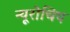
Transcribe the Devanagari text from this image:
न्यूरोचिप